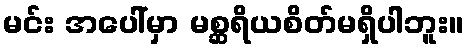
မင်း အပေါ်မှာ မစ္ဆရိယစိတ်မရှိပါဘူး။